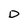
Character: D